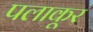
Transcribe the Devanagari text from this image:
पलाकूर